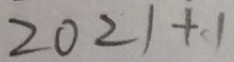
2 0 2 1 + 1